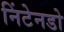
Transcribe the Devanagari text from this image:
निंटेनडो